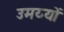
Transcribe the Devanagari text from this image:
उमय्यों